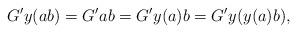
LaTeX: \begin{align*}G'y(ab)=G'ab =G'y(a)b =G'y(y(a)b),\end{align*}